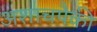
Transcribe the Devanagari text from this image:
अशाचपैकी